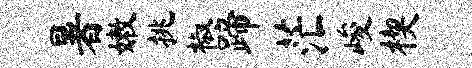
暑嫩挑椒蹄茫峻楔